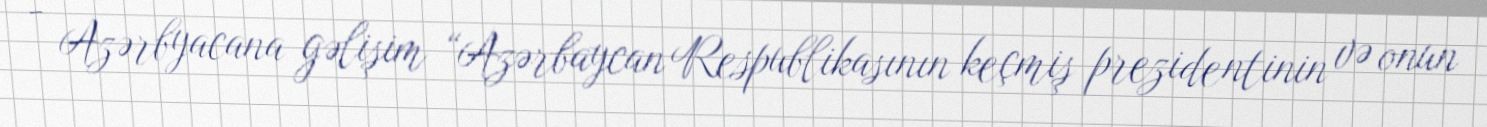
- Azərbyacana gəlişim “Azərbaycan Respublikasının keçmiş prezidentinin və onun